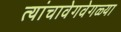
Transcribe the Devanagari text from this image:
त्यांचावेगवेगळ्या